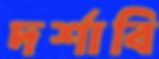
দর্শাবি